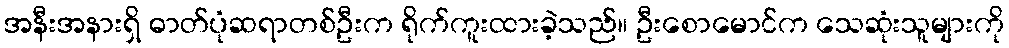
အနီးအနားရှိ ဓာတ်ပုံဆရာတစ်ဦးက ရိုက်ကူးထားခဲ့သည်။ ဦးစောမောင်က သေဆုံးသူများကို